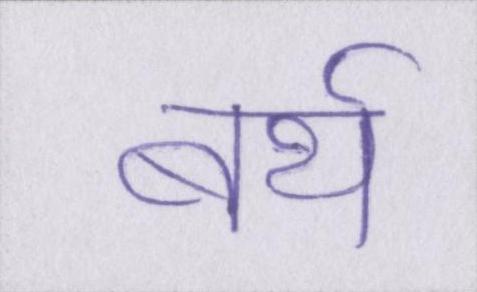
बर्थ